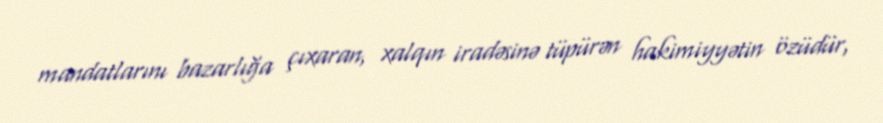
mandatlarını bazarlığa çıxaran, xalqın iradəsinə tüpürən hakimiyyətin özüdür,